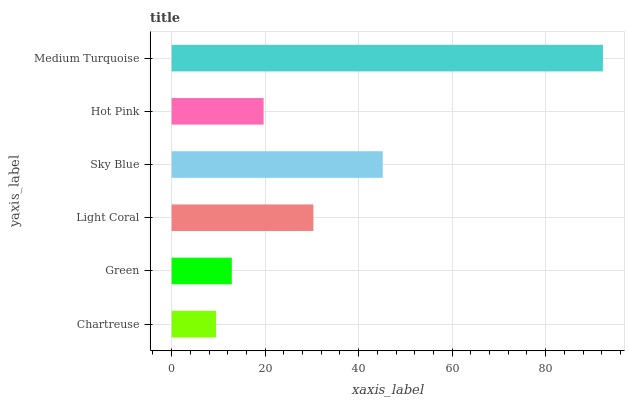
| yaxis_label | bars |
 | --- | --- |
 | Chartreuse | 9.52 |
 | Green | 12.9 |
 | Light Coral | 30.3 |
 | Sky Blue | 45.2 |
 | Hot Pink | 19.7 |
 | Medium Turquoise | 92.3 |